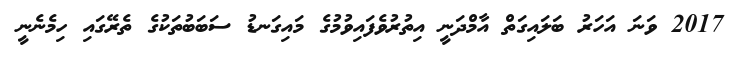
2017 ވަނަ އަހަރު ބަލައިގަތް އާމްދަނީ އިތުރުވެފައިވުމުގެ މައިގަނޑު ސަބަބުތަކުގެ ތެރޭގައި ހިމެނެނީ